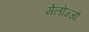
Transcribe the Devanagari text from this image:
मेलोज्ज़ो